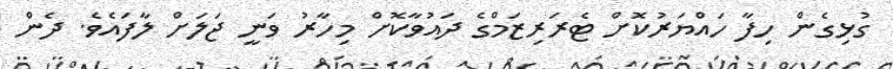
ގުޅިގެން ހިފާ ހައްޔަރުކޮށް ޓެރަރިޒަމްގެ ދައުވާކޮށް މިހާރު ވަނީ ޖަލަށް ލާފައެވެ. ދެން